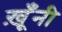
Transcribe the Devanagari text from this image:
ख़ूँनी